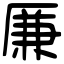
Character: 𠪊